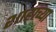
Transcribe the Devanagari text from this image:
शाहांच्या